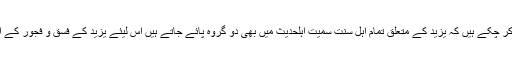
جیسا کہ ہم پہلے اس بات کی وضاحت کر چکے ہیں کہ یزید کے متعلق تمام اہل سنّت سمیت اہلحدیث میں بھی دو گروہ پائے جاتے ہیں اس لیئے یزید کے فسق و فجور کے افسانوں کے متعلق بھی دو ہی گروہ ہیں۔